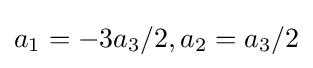
a_{1}=-3a_{3}/2,a_{2}=a_{3}/2